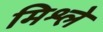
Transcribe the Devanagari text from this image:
मिश्ले